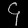
Digit: ၄